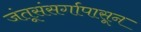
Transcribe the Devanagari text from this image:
जंतूसंसर्गापासून